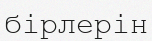
бірлерін